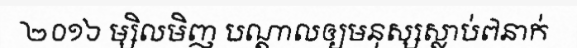
២០១៦ ម្សិលមិញ បណ្តាលឲ្យមនុស្សស្លាប់៧នាក់